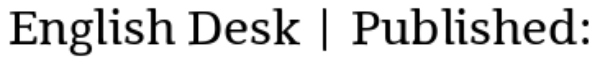
English Desk | Published: